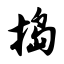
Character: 捣